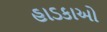
હાડકાઓ